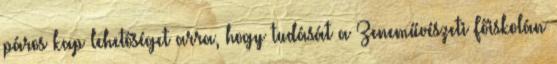
páros kap lehetőséget arra, hogy tudását a Zeneművészeti Főiskolán